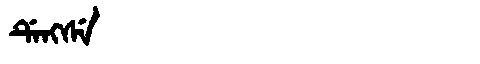
Manchu: ᡩᡝᠩᠰᡝ
Romanization: DENGSE